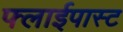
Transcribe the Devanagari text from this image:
फ्लाईपास्ट